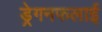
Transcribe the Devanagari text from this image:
ड्रेगनफलाई